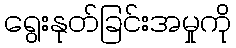
ရွေးနုတ်ခြင်းအမှုကို